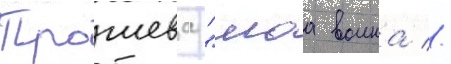
Трошева "моа воина //